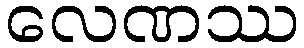
လေဏဿ